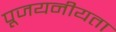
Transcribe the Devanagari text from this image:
पूजयनीयता